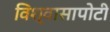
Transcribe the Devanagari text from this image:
विश्वासापोटी